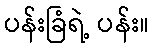
ပန်းခြံရဲ့ ပန်း။